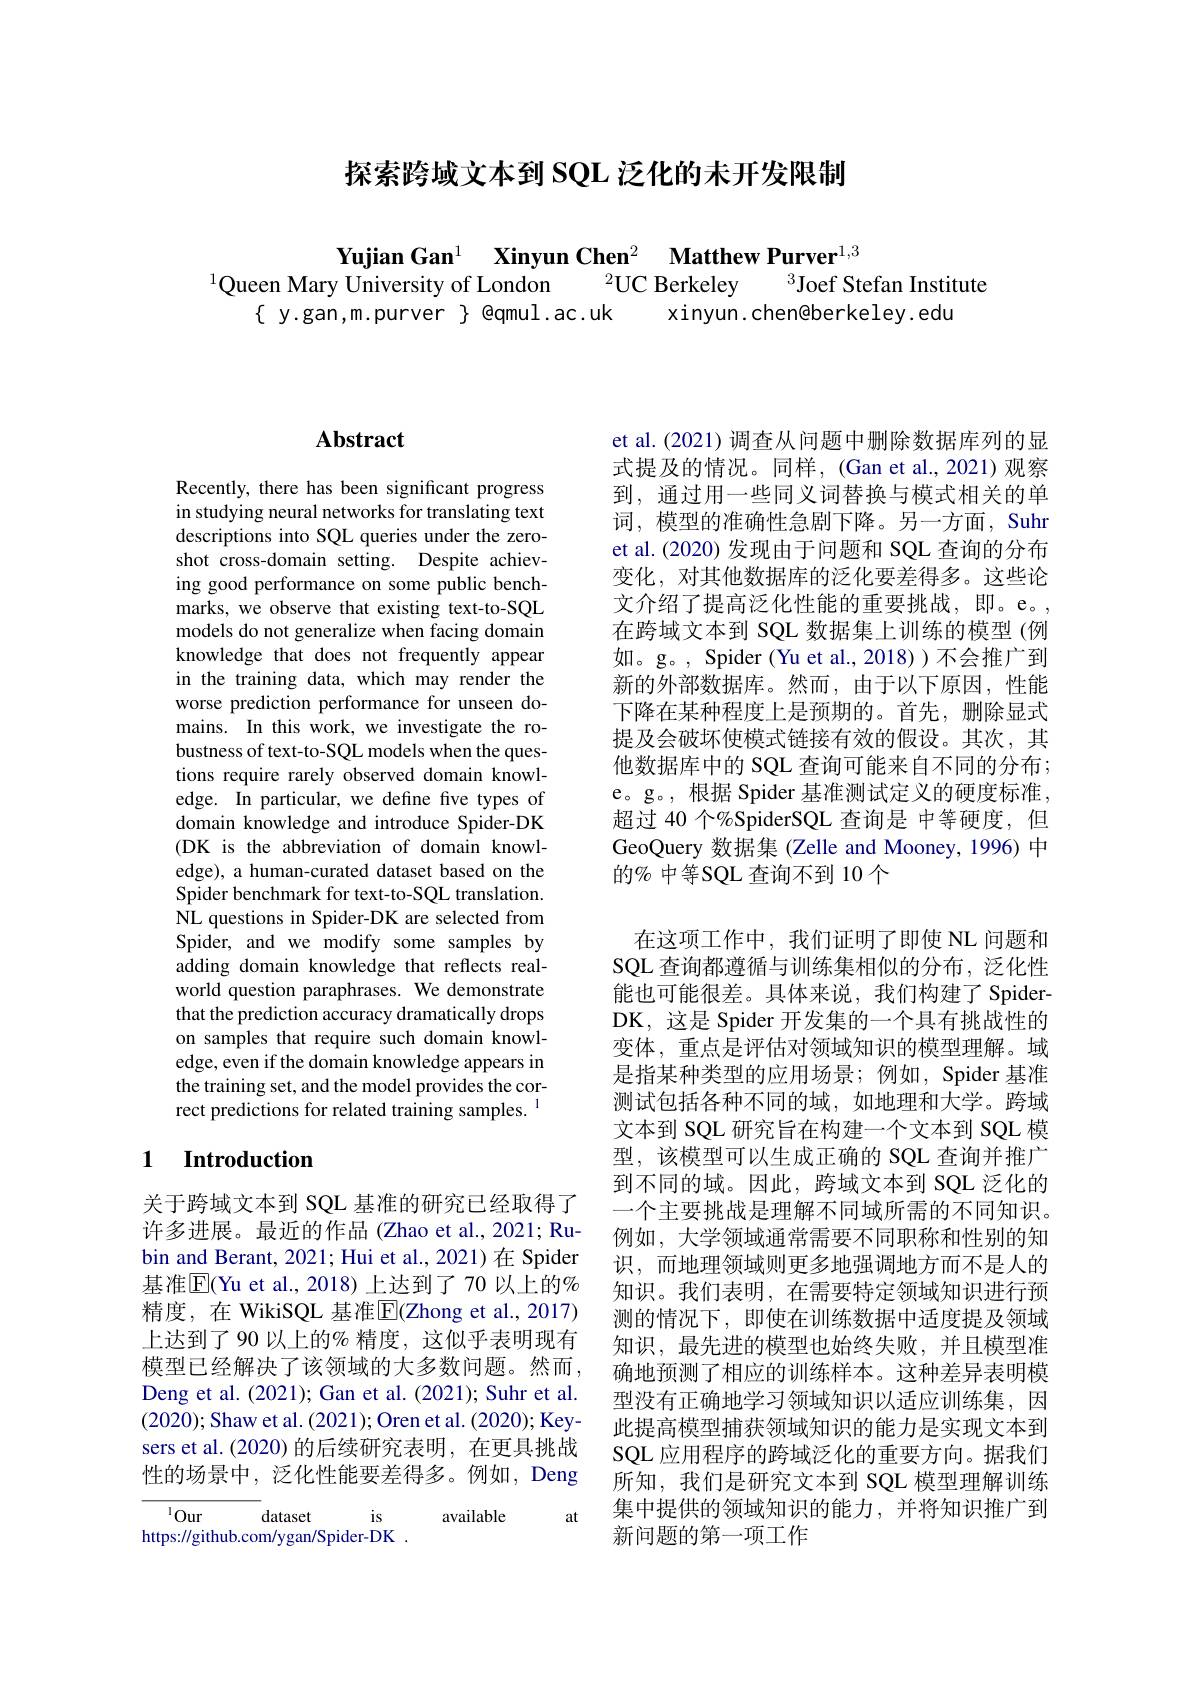
探索跨域文本到 SQL 泛化的未开发限制

Yujian Gan$^1$ $\textbf{Xinyun Chen}^2$ $\textbf{Matthew Purver}^{1, 3}$
$^{1}$Queen Mary University of London $^2$UC Berkeley $^3$Joef Stefan Institute
$\{$ y.gan,m.purver $\}$ @qmul.ac.uk xinyun.chen@berkeley.edu

## $\mathbf{Abstract}$

Recently, there has been significant progress in studying neural networks for translating text descriptions into SQL queries under the zeroshot cross-domain setting. Despite achieving good performance on some public benchmarks, we observe that existing text-to-SQL models do not generalize when facing domain knowledge that does not frequently appear in the training data, which may render the worse prediction performance for unseen domains. In this work, we investigate the robustness of text-to-SQL models when the questions require rarely observed domain knowledge. In particular, we define five types of domain knowledge and introduce Spider-DK (DK is the abbreviation of domain knowledge), a human-curated dataset based on the Spider benchmark for text-to-SQL translation. NL questions in Spider-DK are selected from Spider, and we modify some samples by adding domain knowledge that reflects realworld question paraphrases. We demonstrate that the prediction accuracy dramatically drops on samples that require such domain knowledge, even if the domain knowledge appears in the training set, and the model provides the correct predictions for related training samples.$^{1}$

## 1 Introduction

关于跨域文本到 SQL 基准的研究已经取得了许多进展。最近的作品(Zhao et al., 2021; Rubin and Berant, 2021; Hui et al., 2021)在 Spider 基准$\overline{\mathrm{E}}($Yu et al.,2018)上达到了70 以上的% 精度，在 WikiSQL 基准$\overline{\mathrm{E}}($Zhong et al.,2017) 上达到了 90 以上的% 精度，这似乎表明现有模型已经解决了该领域的大多数问题。然而， Deng et al. (2021); Gan et al. (2021); Suhr et al. (2020); Shaw et al. (2021); Oren et al. (2020); Keysers et al.(2020)的后续研究表明，在更具挑战性的场景中，泛化性能要差得多。例如，Deng

at

$^{1}Our$
is
dataset
available
https://github.com/ygan/Spider-DK .

et al.(2021)调查从问题中删除数据库列的显式提及的情况。同样，(Gan et al.,2021)观察到，通过用一些同义词替换与模式相关的单词，模型的准确性急剧下降。另一方面，Suhr et al.(2020) 发现由于问题和 SQL 查询的分布变化，对其他数据库的泛化要差得多。这些论文介绍了提高泛化性能的重要挑战，即。e。, 在跨域文本到 SQL 数据集上训练的模型 (例如。g。, Spider(Yu et al., 2018))不会推广到新的外部数据库。然而，由于以下原因，性能下降在某种程度上是预期的。首先，删除显式提及会破坏使模式链接有效的假设。其次，其他数据库中的 SQL 查询可能来自不同的分布； e。g。, 根据 Spider 基准测试定义的硬度标准， 超过 40 个%SpiderSQL 查询是 中等硬度，但GeoQuery 数据集 (Zelle and Mooney, 1996) 中的% 中等SQL 查询不到 10 个
在这项工作中，我们证明了即使 NL 问题和SQL 查询都遵循与训练集相似的分布，泛化性能也可能很差。具体来说，我们构建了 SpiderDK, 这是 Spider 开发集的一个具有挑战性的变体，重点是评估对领域知识的模型理解。域是指某种类型的应用场景；例如，Spider 基准测试包括各种不同的域，如地理和大学。跨域文本到 SQL 研究旨在构建一个文本到 SQL 模型，该模型可以生成正确的 SQL 查询并推广到不同的域。因此，跨域文本到 SQL 泛化的一个主要挑战是理解不同域所需的不同知识。例如，大学领域通常需要不同职称和性别的知识，而地理领域则更多地强调地方而不是人的知识。我们表明，在需要特定领域知识进行预测的情况下，即使在训练数据中适度提及领域知识，最先进的模型也始终失败，并且模型准确地预测了相应的训练样本。这种差异表明模型没有正确地学习领域知识以适应训练集，因此提高模型捕获领域知识的能力是实现文本到SQL 应用程序的跨域泛化的重要方向。据我们所知，我们是研究文本到 SQL 模型理解训练集中提供的领域知识的能力，并将知识推广到新问题的第一项工作